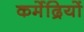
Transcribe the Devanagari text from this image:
कर्मेद्रियों